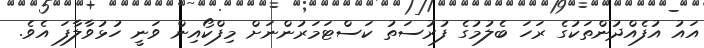
އައު އުފެއްދުންތަކުގެ ރަހަ ބެލުމުގެ ފުރުސަތު ކަސްޓަމަރުންނަށް މިފްކޯއިން ވަނީ ހުޅުވާލާފަ އެވެ.